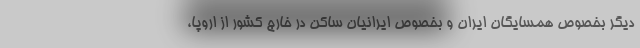
دیگر بخصوص همسایگان ایران و بخصوص ایرانیان ساکن در خارج کشور از اروپا،